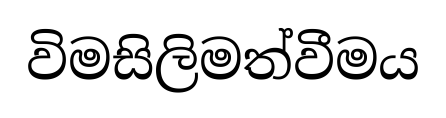
විමසිලිමත්වීමය